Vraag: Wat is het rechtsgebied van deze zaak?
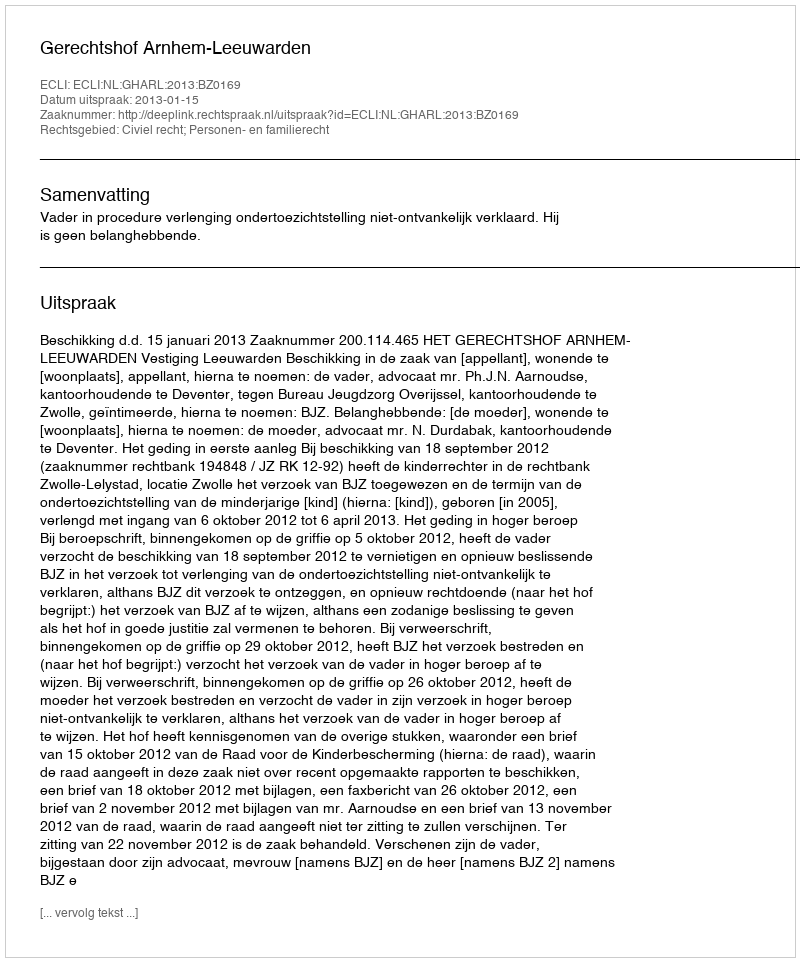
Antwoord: Civiel recht; Personen- en familierecht